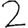
Digit: 2